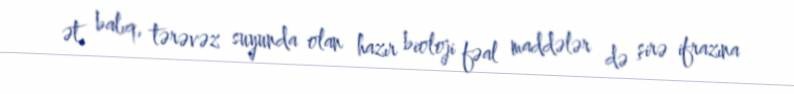
ət, balıq, tərəvəz suyunda olan hazır bioloji fəal maddələr də şirə ifrazına